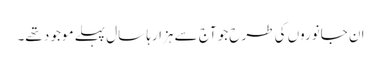
ان جانوروں کی طرح جو آج سے ہزارہا سال پہلے موجو د تھے۔